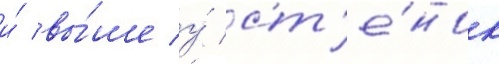
и́ вы́ше у́ ст'е́нок